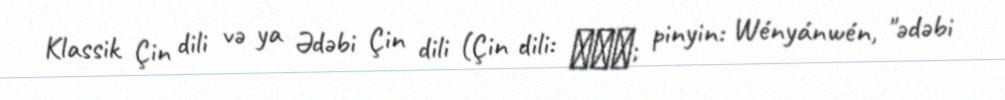
Klassik Çin dili və ya Ədəbi Çin dili (Çin dili: 文言文; pinyin: Wényánwén, "ədəbi